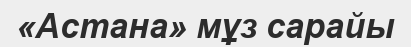
«Астана» мұз сарайы